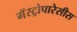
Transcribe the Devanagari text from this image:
गॅस्ट्रोपारेसीस